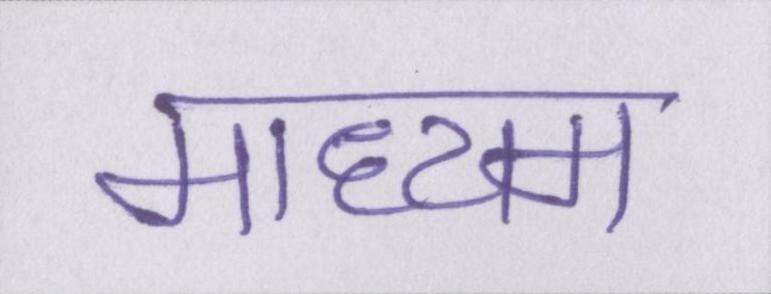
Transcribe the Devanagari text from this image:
माध्यम